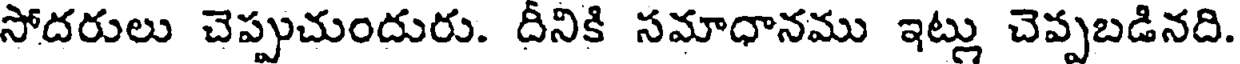
సోదరులు చెప్పుచుందురు. దీనికి సమాధానము ఇట్లు చెప్పబడినది.